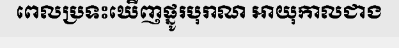
ពេលប្រទះឃើញផ្នូរបុរាណ អាយុកាលជាង